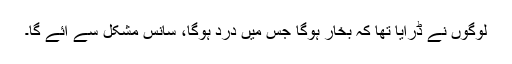
لوگوں نے ڈرایا تھا کہ بخار ہوگا جس میں درد ہوگا، سانس مشکل سے آئے گا۔